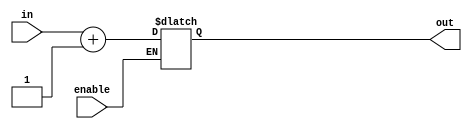
module increment(in,out,enable);
input [7:0]in;
input enable;
output [7:0] out;
reg [7:0] out;

always@(in or enable)
begin
	if(enable)
		out = in+1;
end

endmodule